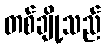
တစ်ချို့သည်